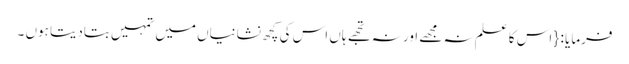
فرمایا : { اس کا علم نہ مجھے اور نہ تجھے ہاں اس کی کچھ نشانیاں میں تمہیں بتادیتا ہوں ۔